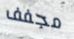
مجفف